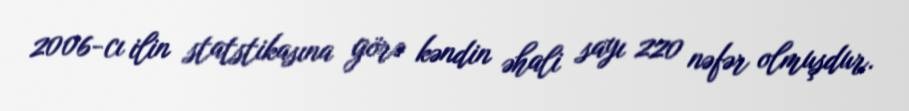
2006-cı ilin statstikasına görə kəndin əhali sayı 220 nəfər olmuşdur.